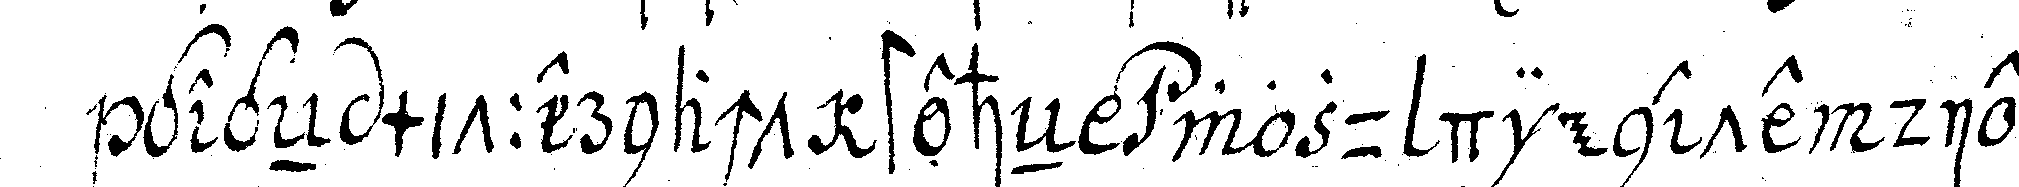
gegeN mitternacht steheN wozu dienete dieses